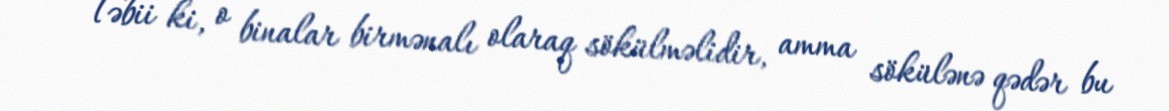
Təbii ki, o binalar birmənalı olaraq sökülməlidir, amma sökülənə qədər bu